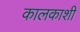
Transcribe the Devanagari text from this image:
कालकाशी